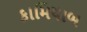
કામિયાબ